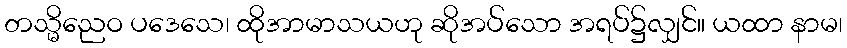
တသ္မိညေဝ ပဒေသေ၊ ထိုအာမာသယဟု ဆိုအပ်သော အရပ်၌လျှင်။ ယထာ နာမ၊